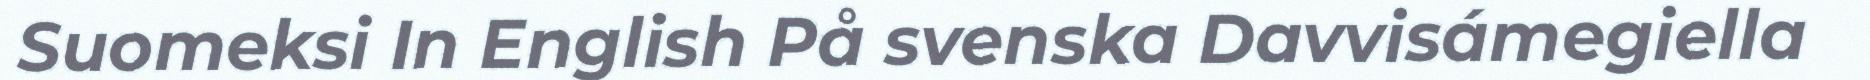
Suomeksi In English På svenska Davvisámegiella